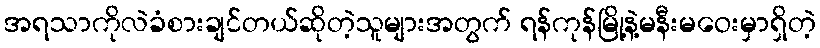
အရသာကိုလဲခံစားချင်တယ်ဆိုတဲ့သူများအတွက် ရန်ကုန်မြို့နဲ့မနီးမဝေးမှာရှိတဲ့